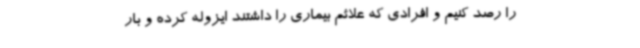
را رصد کنیم و افرادی که علائم بیماری را داشتند ایزوله کرده و بار